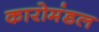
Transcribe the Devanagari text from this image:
कारोमंडल